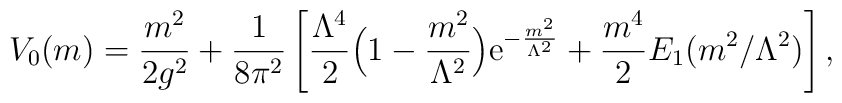
V_{0}(m)={m^{2}\over2g^{2}}	 +{1\over8\pi^{2}}\left[{\Lambda^{4}\over2}	 \Bigl(1-{m^{2}\over\Lambda^{2}}\Bigr)	 {\mathrm{e}}^{-{m^{2}\over\Lambda^{2}}}	 +{m^{4}\over2}E_{1}({m^{2}/\Lambda^{2}})\right],